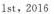
1st，2016